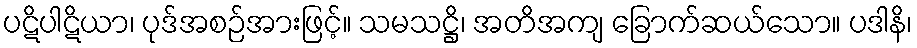
ပဋိပါဋိယာ၊ ပုဒ်အစဉ်အားဖြင့်။ သမသဋ္ဌိ၊ အတိအကျ ခြောက်ဆယ်သော။ ပဒါနိ၊